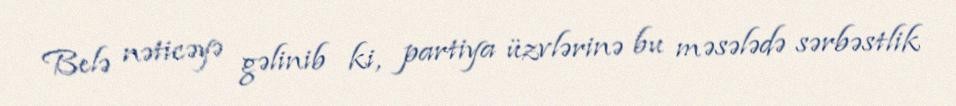
Belə nəticəyə gəlinib ki, partiya üzvlərinə bu məsələdə sərbəstlik